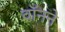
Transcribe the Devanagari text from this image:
वॉनने